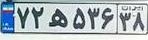
۷۲ه۵۳۶۳۸